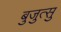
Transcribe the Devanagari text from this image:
बुजुत्सु